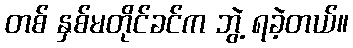
တစ် နှစ်မတိုင်ခင်က ဘွဲ့ ရခဲ့တယ်။